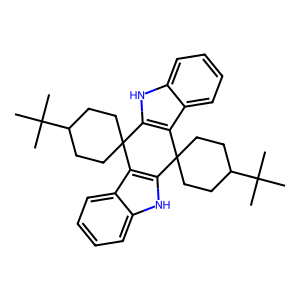
SMILES: CC(C)(C)C1CCC2(CC1)c1[nH]c3ccccc3c1C1(CCC(C(C)(C)C)CC1)c1[nH]c3ccccc3c12
Inhibits HIV replication: No